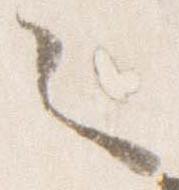
々